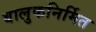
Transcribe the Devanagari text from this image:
बालुकनिर्मित